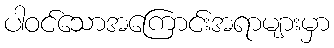
ပါဝင်သောအကြောင်းအရာများမှာ